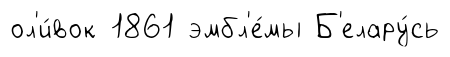
ол'и́вок 1861 эмбл'е́мы Б'елару́сь